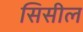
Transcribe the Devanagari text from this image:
सिसील